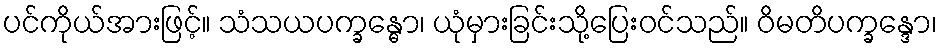
ပင်ကိုယ်အားဖြင့်။ သံသယပက္ခန္ဓော၊ ယုံမှားခြင်းသို့ပြေးဝင်သည်။ ဝိမတိပက္ခန္ဒော၊